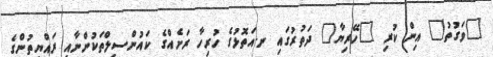
"ވަގުތު" އިން ކުރި "ހޭރިޔާ" ދަތުރުގައި ނ.އަތޮޅުގެ ހުރިހާ ރަށެއްގެ ކައުންސިލްތަކުންނާއި ރައްޔިތުންގެ